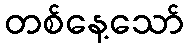
တစ်နေ့သော်